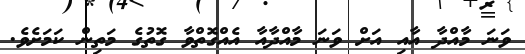
ވަނަ މާއްދާ އާއި އަށް ވަނަ މާއްދާއާ އެއްގޮތްވާ ގޮތުގެ މަތިން ކަމަށެވެ.